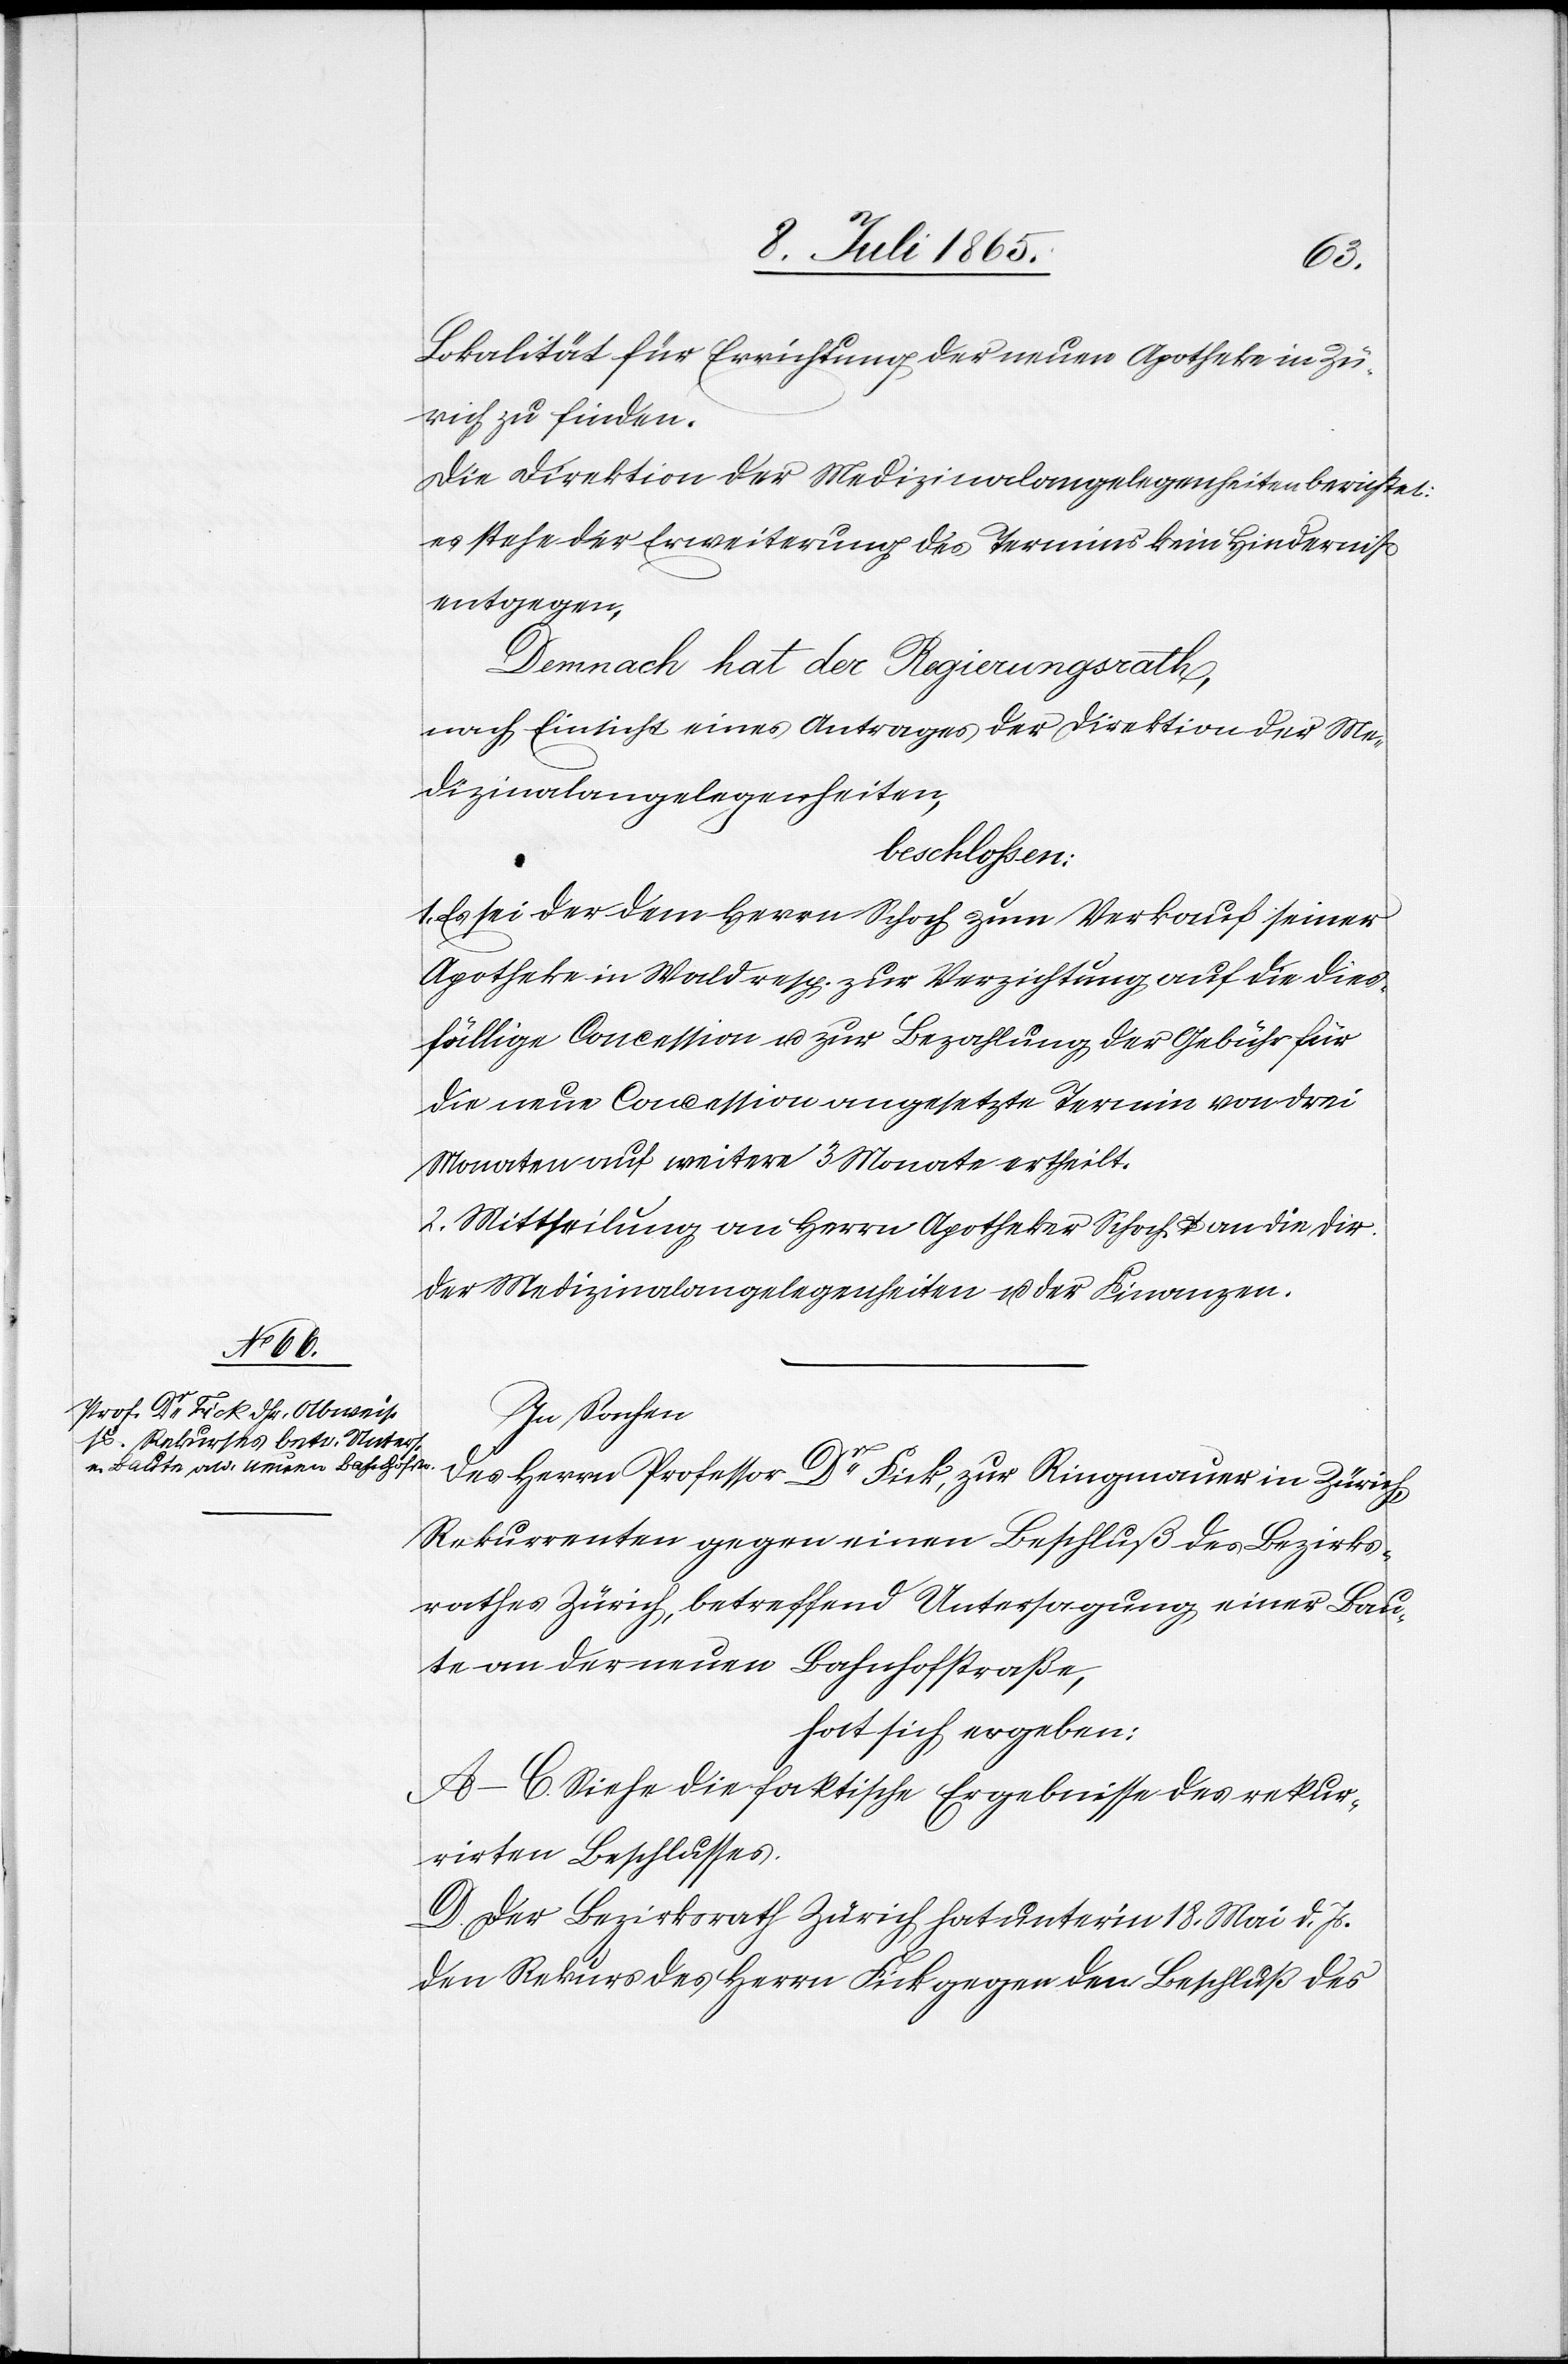
Lokalität für Errichtung der neuen Apotheke in Zü¬
rich zu finden.
Die Direktion der Medizinalangelegenheiten berichtet:
es stehe der Erweiterung des Termins kein Hinderniß
entgegen,
Demnach hat der Regierungsrath,
nach Einsicht eines Antrages der Direktion der Me¬
dizinalangelegenheiten,
beschlossen:
Es sei der dem Herrn Schoch zum Verkauf seiner
Apotheke in Wald resp. zur Verzichtung auf die dies¬
fällige Concession u. zur Bezahlung der Gebühr für
die neue Concession angesetzte Termin von drei
Monaten auf weitere 3 Monate ertheilt.
2. Mittheilung an Herrn Apotheker Schoch u. an die Dir¬
der Medizinalangelegenheiten u. der Finanzen.
In Sachen
des Herrn Professor Dr Fick, zur Ringmauer in Zürich,
Rekurrenten gegen einen Beschluß des Bezirks¬
rathes Zürich, betreffend Untersagung einer Bau¬
te an der neuen Bahnhofstraße,
hat sich ergeben:
A–C. Siehe die faktische Ergebnisse des rekur¬
rirten Beschlusses.
D. Der Bezirksrath Zürich hat unter’m 18. Mai d. Js.
den Rekurs des Herrn Fick gegen den Beschluß des